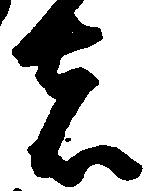
者